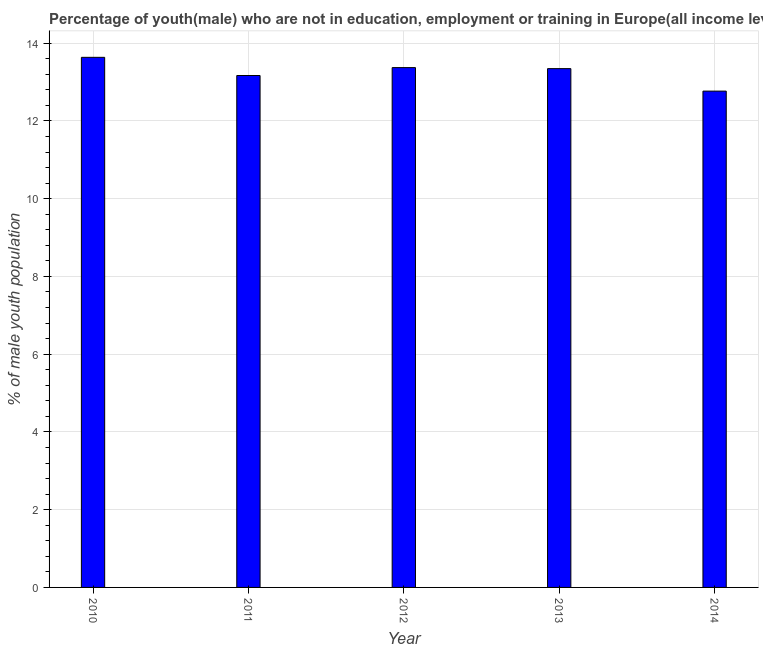
| Year | Unemployed(male) |
 | --- | --- |
 | 2010 | 13.6 |
 | 2011 | 13.2 |
 | 2012 | 13.4 |
 | 2013 | 13.3 |
 | 2014 | 12.8 |